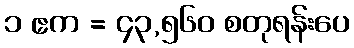
၁ ဧက = ၄၃,၅၆၀ စတုရန်းပေ